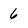
Character: 6